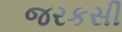
જરકસી